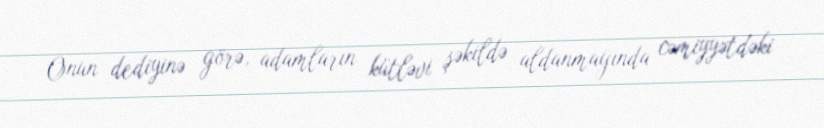
Onun dediyinə görə, adamların kütləvi şəkildə aldanmağında cəmiyyətdəki